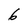
Character: 6